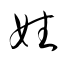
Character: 姓